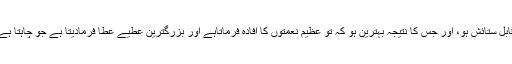
(6) ہمارا انجام ایسا قرار دینا جس کی عاقبت قابل ستائش ہو، اور جس کا نتیجہ بہترین ہو کہ تو عظیم نعمتوں کا افاده فرماتاہے اور بزرگترین عطیے عطا فرمادیتا ہے جو چاہتا ہے کرسکتا ہے اور ہر شے پر قدرت رکهتا ہے۔